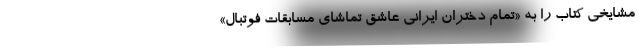
مشایخی کتاب را به «‌تمام دختران ایرانی عاشق تماشای مسابقات فوتبال»